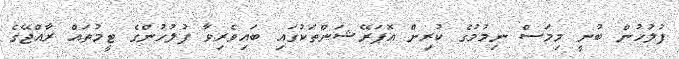
ފުލުހުން ބުނީ މިމަސް ނިމުމުގެ ކުރިން އޮޕަރޭޝަންތަކުގައި ބައިވެރިވާ ފުލުހުންގެ ޓީމުތައް ރާއްޖޭގެ